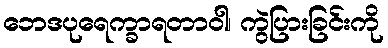
ဘေဒပုရေက္ခာရတာဝါ၊ ကွဲပြားခြင်းကို